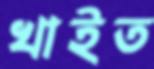
খাইত